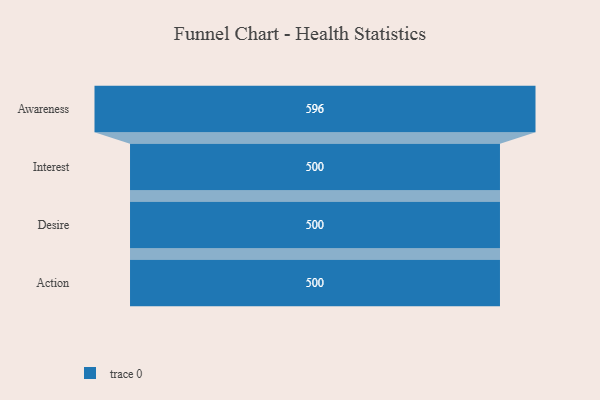
{"axis": {"x": "Stage", "y": "Value"}, "legend": [""], "data": [{"x": "Awareness", "y": 596.0, "type": ""}, {"x": "Interest", "y": 500, "type": ""}, {"x": "Desire", "y": 500, "type": ""}, {"x": "Action", "y": 500, "type": ""}]}